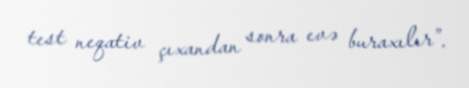
test neqativ çıxandan sonra evə buraxılır”.